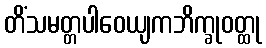
တိံသမတ္တပါဝေယျကဘိက္ခုဝတ္ထု